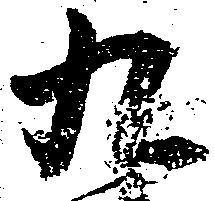
九